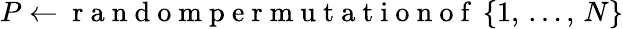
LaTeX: P\gets\mathrm{~r~a~n~d~o~m~p~e~r~m~u~t~a~t~i~o~n~o~f~}\left\{ 1,\, \dots,\, N\right\}